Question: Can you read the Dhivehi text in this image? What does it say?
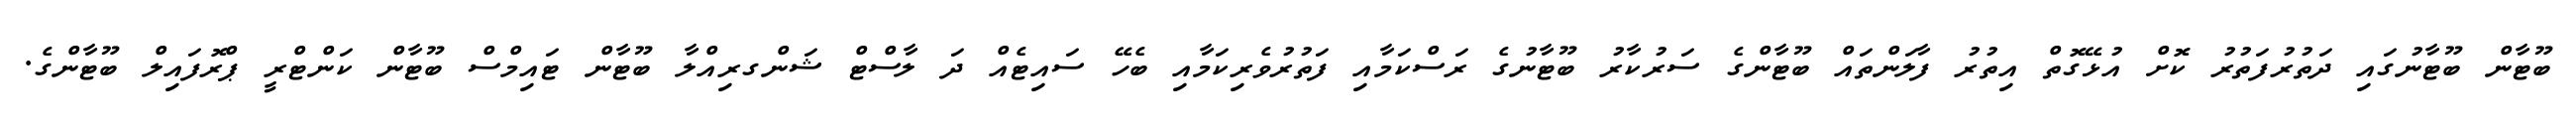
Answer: ބޫޓާން ބޫޓާނުގައި ދަތުރުފަތުރު ކޮށް އުޅޭގޮތް އިތުރު ފާލަންތައް ބޫޓާންގެ ސަރުކާރު ބޫޓާނުގެ ރަސްކަމާއި ފަތުރުވެރިކަމާއި ބެހޭ ސައިޓެއް ދަ ލާސްޓް ޝަންގރިއްލާ ބޫޓާން ޓައިމްސް ބޫޓާން ކަންޓްރީ ޕްރޮފައިލް ބޫޓާންގެ.